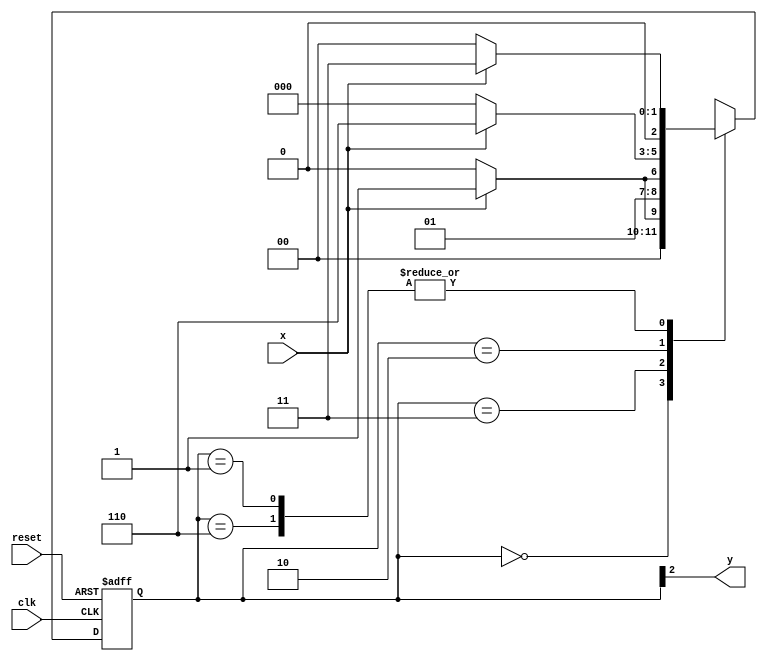
/*
 * Moore_1101 - MOORE
 * Nome Gabriel Vargas Bento de Souza
 */

/*
 -----------------
 --- Moore FSM ---
 -----------------
*/

/*
                                Moore FSM Diagram
                             _______________________
                            /                       \
        1          1       v   0            1      1 |    // found
[start] ---> [id1] ---> [id11] ---> [id110] ---> [id1101]
  ^  \0      0 |       1 /   ^       0 |            |
  \_/         /          \__/          |            |
   \________/                          |            |
    \                                  |            |
     \________________________________/             |
      \_____________________________________________/
*/

// constant definitions
`define found    1
`define notfound 0

// FSM by Moore
module moore_1101 ( y, x, clk, reset );
   output y;
   input  x;
   input  clk;
   input  reset;

   reg    y;

   parameter          // state identifiers
     start  = 3'b000,
     id1    = 3'b001,
     id11   = 3'b011,
     id110  = 3'b010,
     id1101 = 3'b110; // signal found

     reg [2:0] E1;    // current state variables
     reg [2:0] E2;    // next state logic output
     
   // next state logic
   always @( x or E1 )
     begin
        case ( E1 )
          start:
            if ( x )
              E2 = id1;
            else
              E2 = start;
          id1:
            if ( x )
              E2 = id11;
            else
              E2 = start;
          id11:
            if ( x )
              E2 = id11;
            else
              E2 = id110;
          id110:
            if ( x )
                E2 = id1101;
            else
                E2 = start;
          id1101:
            if ( x )
                E2 = id11;
            else
                E2 = start;
          default:     // undefined state
            E2 = 3'bxxx;
        endcase
     end  // always at signal or state changing

   // state variables
   always @( posedge clk or negedge reset )
     begin
        if ( reset )
          E1 = E2;  // updates current state
        else
          E1 = 0;   // reset
     end // always at signal changing

   // output logic
   always @ ( E1 )
     begin
        y = E1[2]; // first bit of state value (MOORE indicator)
     end // always at state changing

endmodule // moore_1101